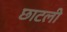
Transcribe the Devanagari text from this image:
छाटली